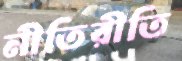
নীতিরীতি